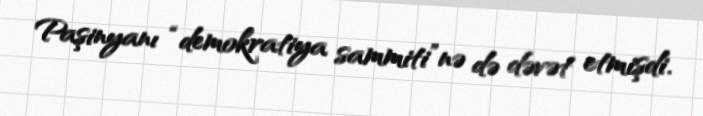
Paşinyanı “demokratiya sammiti”nə də dəvət etmişdi.